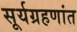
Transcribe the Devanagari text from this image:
सूर्यग्रहणांत